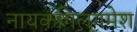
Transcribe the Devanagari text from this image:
नायकगिलगमेश